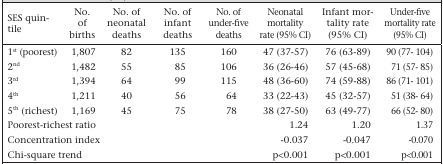
| SES quintile | No. of births | No. of neonatal deaths | No. of infant deaths | No. of under-five deaths | Neonatal mortality rate (95% CI) | Infant mortality rate (95% CI) | Under-five mortality rate (95% CI) |
 | --- | --- | --- | --- | --- | --- | --- | --- |
 | 1st (poorest) | 1,807 | 82 | 135 | 160 | 47 (37–57) | 76 (63–89) | 90 (77–104) |
 | 2nd | 1,482 | 55 | 85 | 106 | 36 (26–46) | 57 (45–68) | 71 (57–85) |
 | 3rd | 1,394 | 64 | 99 | 115 | 48 (36–60) | 74 (59–88) | 86 (71–101) |
 | 4th | 1,211 | 40 | 56 | 64 | 33 (22–43) | 45 (32–57) | 51 (38–64) |
 | 5th (richest) | 1,169 | 45 | 75 | 78 | 38 (27–50) | 63 (49–77) | 66 (52–80) |
 | <COLSPAN=5> Poorest-richest ratio | 1.24 | 1.20 | 1.37 |
 | <COLSPAN=5> Concentration index | −0.037 | −0.047 | −0.070 |
 | <COLSPAN=5> Chi-square trend | p<0.001 | p<0.001 | p<0.001 |